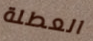
العطلة